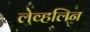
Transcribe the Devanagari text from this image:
लेव्हलिन